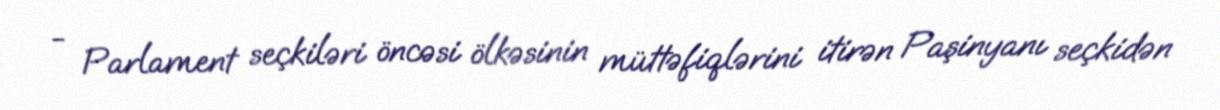
- Parlament seçkiləri öncəsi ölkəsinin müttəfiqlərini itirən Paşinyanı seçkidən